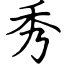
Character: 秀